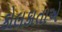
કોલકાતાએ